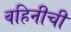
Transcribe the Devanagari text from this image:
वहिनीची